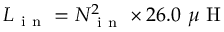
L _ { \mathrm { ~ i ~ n ~ } } = N _ { \mathrm { ~ i ~ n ~ } } ^ { 2 } \times 2 6 . 0 ~ \mu \mathrm { ~ H ~ }